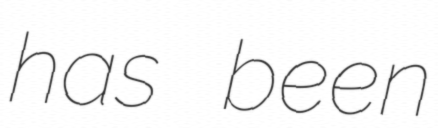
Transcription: has been